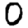
Digit: 0